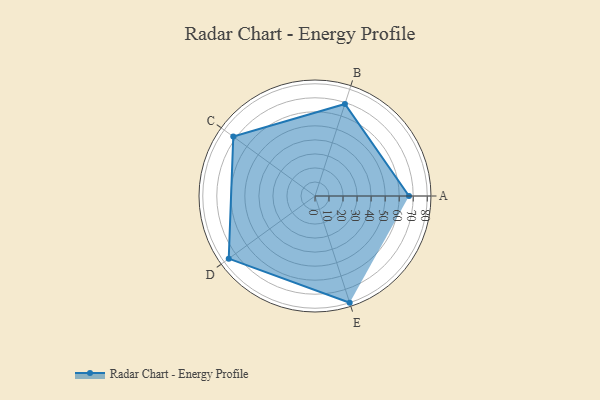
{"axis": {"x": "Skill", "y": "Score"}, "legend": ["Profile"], "data": [{"x": "A", "y": 67.0, "type": "Profile"}, {"x": "B", "y": 69.0, "type": "Profile"}, {"x": "C", "y": 72.0, "type": "Profile"}, {"x": "D", "y": 76.0, "type": "Profile"}, {"x": "E", "y": 80.0, "type": "Profile"}]}